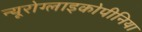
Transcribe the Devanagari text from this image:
न्यूरोग्लाइकोपीनिया